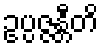
ဥပ္ပဇ္ဇန္တီတိ